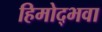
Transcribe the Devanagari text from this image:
हिमोद्भवा